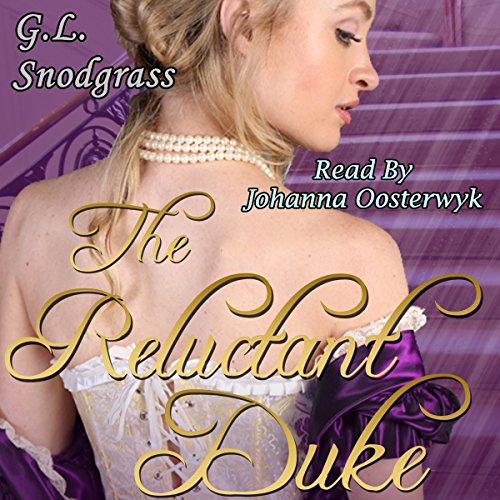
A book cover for The Reluctant Duke: Love's Pride, Book 1; G.L. Snodgrass; Romance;